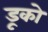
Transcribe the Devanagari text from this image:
डूको